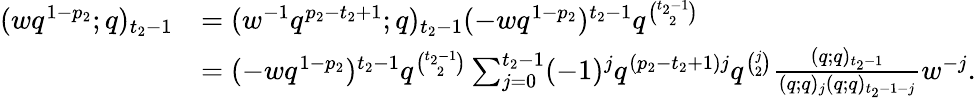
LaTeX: \begin{array}{rl}{(wq^{1-p_{2}};q)_{t_{2}-1}}&{=(w^{-1}q^{p_{2}-t_{2}+1};q)_{t_{2}-1}(-wq^{1-p_{2}})^{t_{2}-1}q^{\binom{t_{2}-1}2}}\\ &{=(-wq^{1-p_{2}})^{t_{2}-1}q^{\binom{t_{2}-1}2}\sum_{j=0}^{t_{2}-1}(-1)^{j}q^{(p_{2}-t_{2}+1)j}q^{\binom{j}2}\frac{(q;q)_{t_{2}-1}}{(q;q)_{j}(q;q)_{t_{2}-1-j}}w^{-j}.}\end{array}